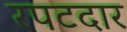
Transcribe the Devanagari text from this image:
रपटदार